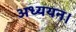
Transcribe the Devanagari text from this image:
अध्‍ययन।